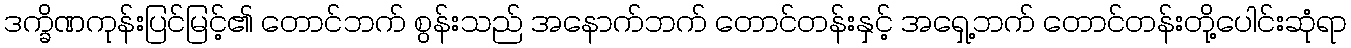
ဒက္ခိဏကုန်းပြင်မြင့်၏ တောင်ဘက် စွန်းသည် အနောက်ဘက် တောင်တန်းနှင့် အရှေ့ဘက် တောင်တန်းတို့ပေါင်းဆုံရာ